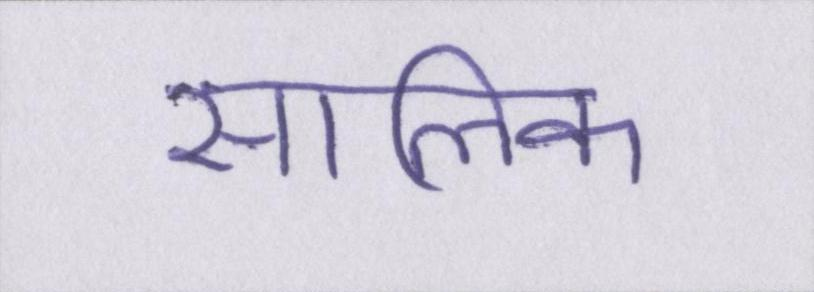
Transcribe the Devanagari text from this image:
सालिक